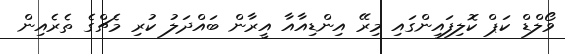
ވޯލްޑް ކަޕް ކޮލިފައިންގައި މިރޭ އިންޑިއާއާ އީރާން ބައްދަލު ކުރި މެޗްގެ ތެރެއިން